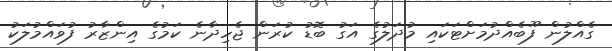
ގެއްލުން ފޫބެއްދުމަށްޓަކައި މުދަލުގެ އަގު ބޮޑު ކުރަން ޖެހިދާނެ ކަމުގެ އިންޒާރު ފުވައްމުލަކު